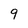
Character: 9